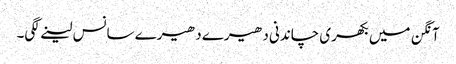
آنگن میں بکھری چاندنی دھیرے دھیرے سانس لینے لگی۔